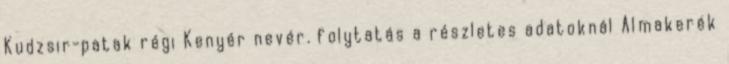
Kudzsir-patak régi Kenyér nevér. folytatás a részletes adatoknál Almakerék